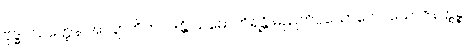
ဗုဒ္ဓပသတ္ထေန အာချာတိကပဒန္တိ သမောကိရန္တိ မညတိပ္ပယောဂေ ပယောဇနတ္ထဉ္စ